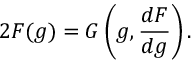
2 F ( g ) = G \left( g , \frac { d F } { d g } \right) .